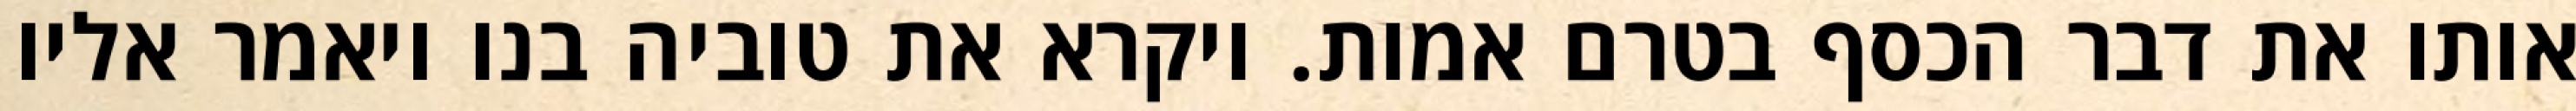
אותו את דבר הכסף בטרם אמות. ויקרא את טוביה בנו ויאמר אליו